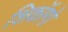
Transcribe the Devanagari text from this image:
शिकॉगो